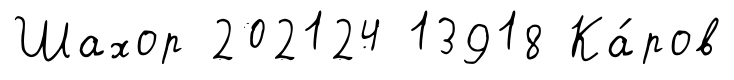
Шахор 202124 13918 Ка́ров